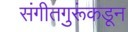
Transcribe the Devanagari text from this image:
संगीतगुरूंकडून